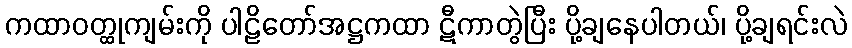
ကထာဝတ္ထုကျမ်းကို ပါဠိတော်အဋ္ဌကထာ ဋီကာတွဲပြီး ပို့ချနေပါတယ်၊ ပို့ချရင်းလဲ